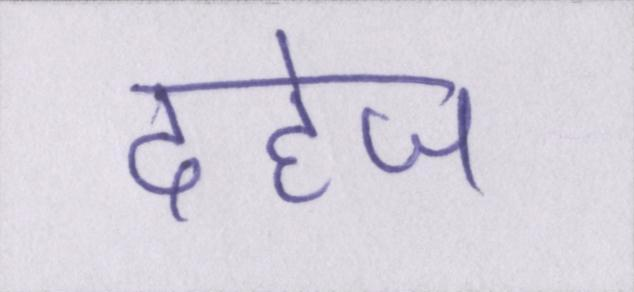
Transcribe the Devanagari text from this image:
दहेज